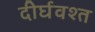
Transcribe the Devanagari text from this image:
दीर्घवश्त